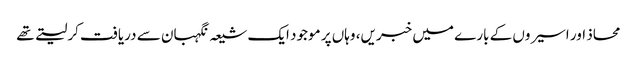
محاذ اور اسیروں کے بارے میں خبریں، وہاں پر موجود ایک شیعہ نگہبان سے دریافت کرلیتے تھے